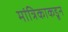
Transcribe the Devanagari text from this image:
मांत्रिकाकडून